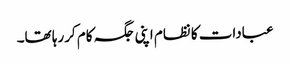
عبادات کا نظام اپنی جگہ کام کررہا تھا۔